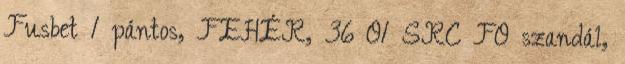
Fusbet 1 pántos, FEHÉR, 36 O1 SRC FO szandál,